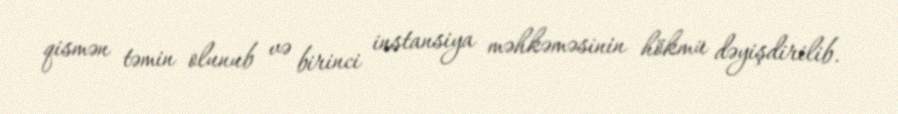
qismən təmin olunub və birinci instansiya məhkəməsinin hökmü dəyişdirilib.